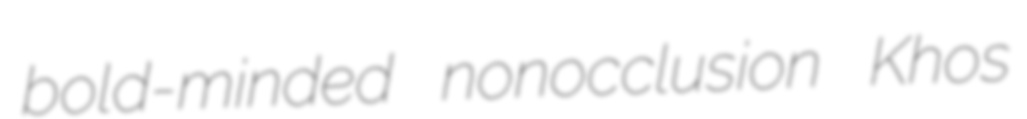
bold-minded nonocclusion Khos